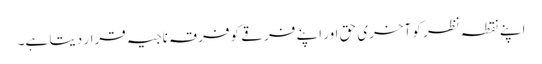
اپنے نقطہ نظر کو آخری حق اور اپنے فرقے کو فرقہ ناجیہ قرار دیتا ہے۔